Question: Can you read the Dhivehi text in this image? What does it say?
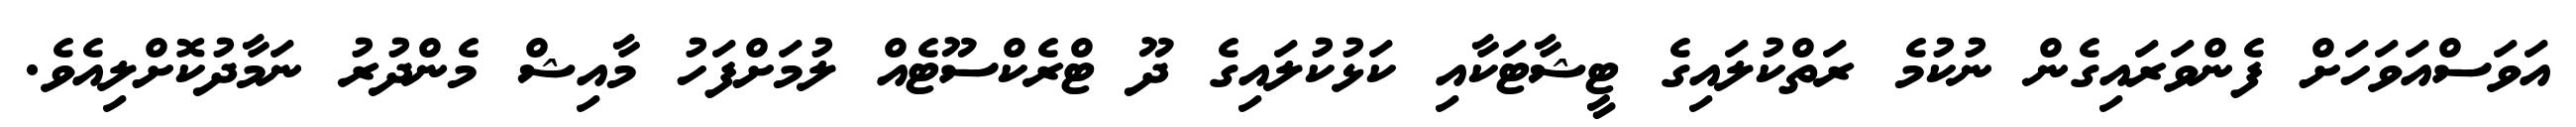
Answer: އަވަސްއަވަހަށް ފެންވަރައިގެން ނުކުމެ ރަތްކުލައިގެ ޓީޝާޓަކާއި ކަޅުކުލައިގެ ދޫ ޓްރެކްސޫޓެއް ލުމަށްފަހު މާއިޝް މެންދުރު ނަމާދުކޮށްލިއެވެ.